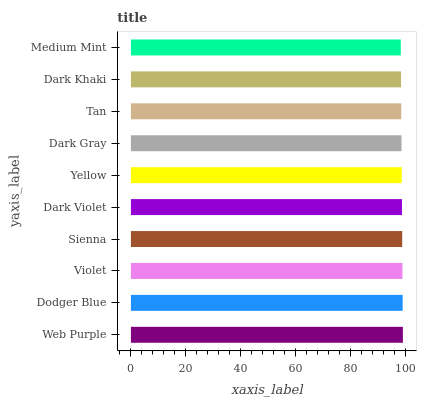
| yaxis_label | bars |
 | --- | --- |
 | Web Purple | 99 |
 | Dodger Blue | 98.9 |
 | Violet | 98.8 |
 | Sienna | 98.7 |
 | Dark Violet | 98.7 |
 | Yellow | 98.6 |
 | Dark Gray | 98.5 |
 | Tan | 98.4 |
 | Dark Khaki | 98.3 |
 | Medium Mint | 98.2 |